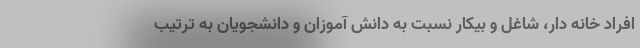
افراد خانه دار، شاغل و بیکار نسبت به دانش آموزان و دانشجویان به ترتیب